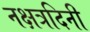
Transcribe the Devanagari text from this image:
नक्षत्रदिनी